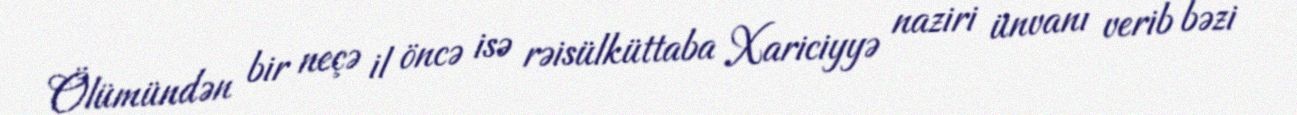
Ölümündən bir neçə il öncə isə rəisülküttaba Xariciyyə naziri ünvanı verib bəzi